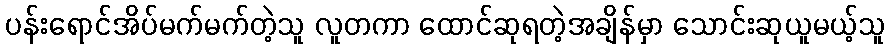
ပန်းရောင်အိပ်မက်မက်တဲ့သူ လူတကာ ထောင်ဆုရတဲ့အချိန်မှာ သောင်းဆုယူမယ့်သူ